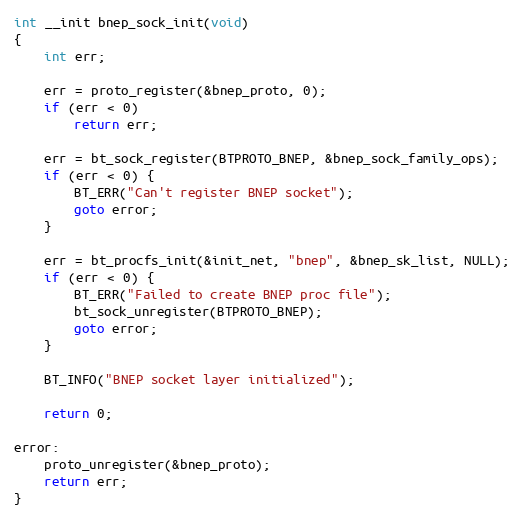
Language: C
int __init bnep_sock_init(void)
{
	int err;

	err = proto_register(&bnep_proto, 0);
	if (err < 0)
		return err;

	err = bt_sock_register(BTPROTO_BNEP, &bnep_sock_family_ops);
	if (err < 0) {
		BT_ERR("Can't register BNEP socket");
		goto error;
	}

	err = bt_procfs_init(&init_net, "bnep", &bnep_sk_list, NULL);
	if (err < 0) {
		BT_ERR("Failed to create BNEP proc file");
		bt_sock_unregister(BTPROTO_BNEP);
		goto error;
	}

	BT_INFO("BNEP socket layer initialized");

	return 0;

error:
	proto_unregister(&bnep_proto);
	return err;
}